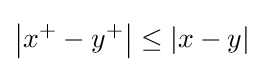
\left|x^{+}-y^{+}\right|\leq |x-y|